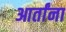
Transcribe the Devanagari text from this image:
आर्तांना